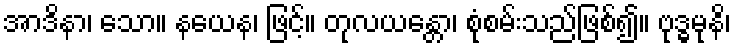
အာဒိနာ၊ သော။ နယေန၊ ဖြင့်။ တုလယန္တော၊ စုံစမ်းသည်ဖြစ်၍။ ဗုဒ္ဓမုနိ၊